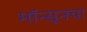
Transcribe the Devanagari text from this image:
मॉन्सूनचा